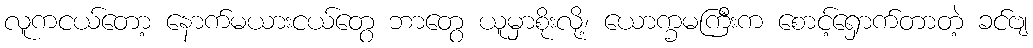
လူကငယ်တော့ နောက်မယားငယ်တွေ ဘာတွေ ယူမှာစိုးလို့၊ ယောက္ခမကြီးက စောင့်ရှောက်တာတဲ့ ခင်ဗျ